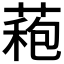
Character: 𮐠